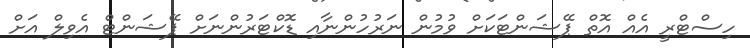
ހިސްޓްރީ އެއް އޮތް ޕޭޝަންޓަކަށް ވުމުން ނަރުހުންނާއި ޑޮކްޓަރުންނަށް ޕޭޝަންޓް އެވިލް އަށް